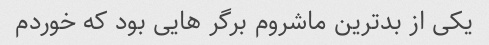
یکی از بدترین ماشروم برگر هایی بود که خوردم